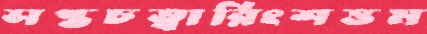
সপ্তচত্বারিংশত্তম